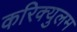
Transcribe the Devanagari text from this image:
करिक्युलम